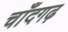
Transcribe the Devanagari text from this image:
चाँदगढ़